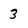
Character: 3